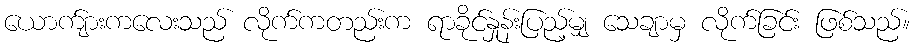
ယောက်ျားကလေးသည် လိုက်ကတည်းက ရာခိုင်နှုန်းပြည့်မျှ သေချာမှ လိုက်ခြင်း ဖြစ်သည်။